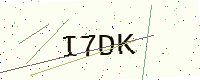
Text: I7DK